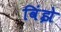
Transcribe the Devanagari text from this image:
विंझे